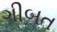
ગીબત